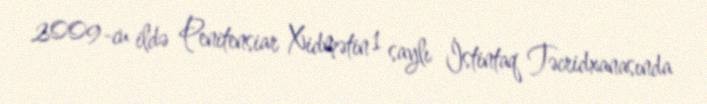
2009-cu ildə Penitensiar Xidmətin 1 saylı İstintaq Təcridxanasında